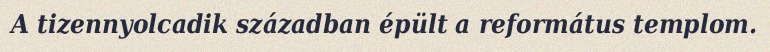
A tizennyolcadik században épült a református templom.